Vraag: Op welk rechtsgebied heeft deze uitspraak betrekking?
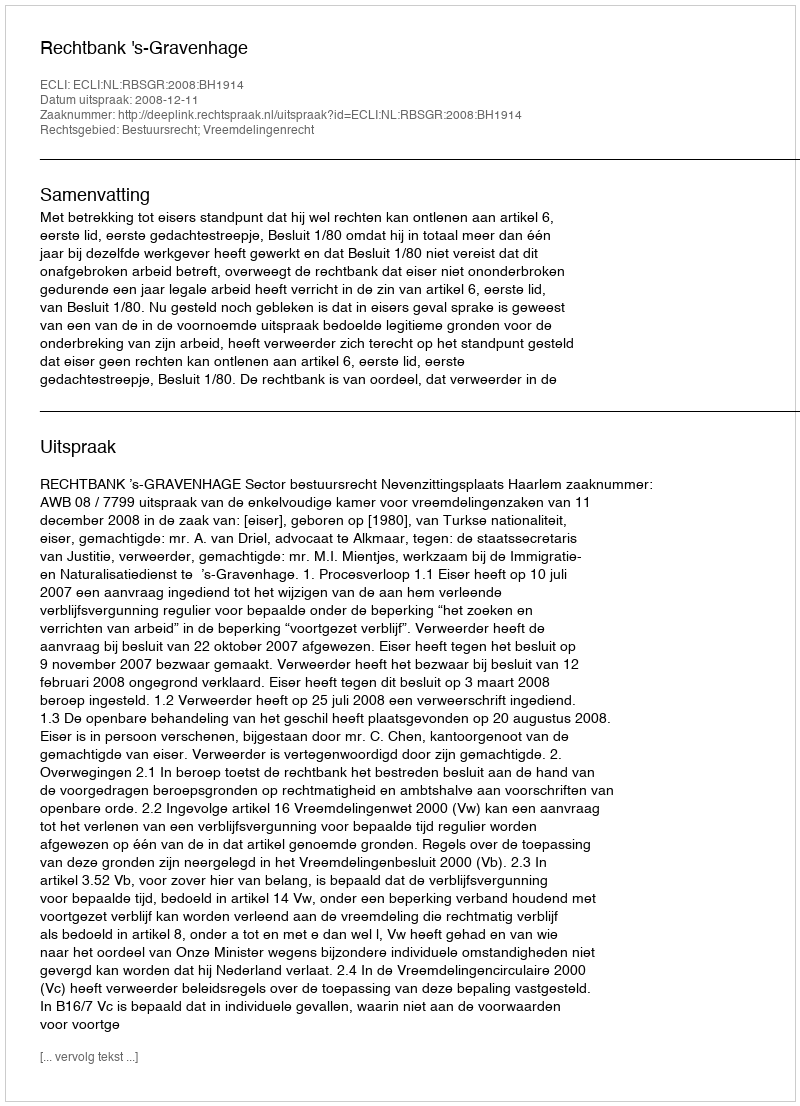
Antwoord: Bestuursrecht; Vreemdelingenrecht